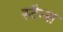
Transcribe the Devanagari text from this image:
स्टैन्स